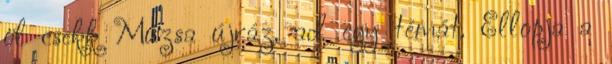
öl csekk Múzsa újráz, ad egy témát. Ellopja a